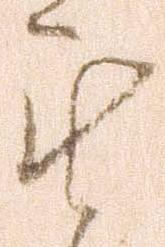
無